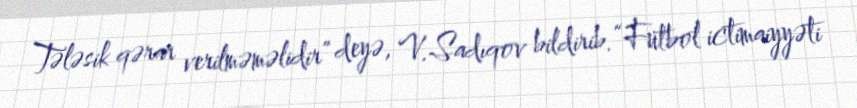
Tələsik qərar verilməməlidir” deyə, V.Sadıqov bildirib.“Futbol ictimaiyyəti